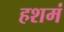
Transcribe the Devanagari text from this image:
हशमं